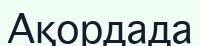
Ақордада